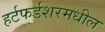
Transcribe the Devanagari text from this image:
हर्टफर्डशरमधील